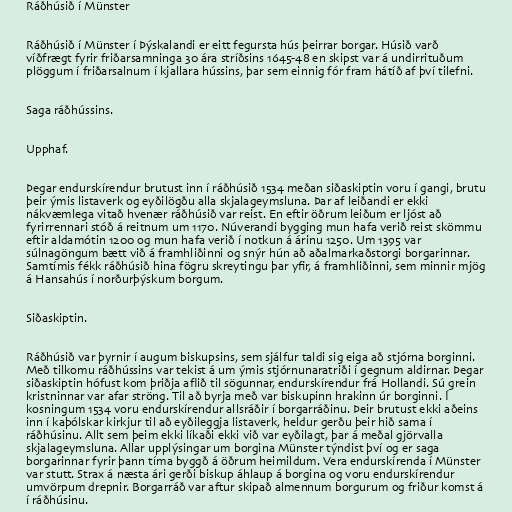
Ráðhúsið í Münster

Ráðhúsið í Münster í Þýskalandi er eitt fegursta hús þeirrar borgar. Húsið varð
víðfrægt fyrir friðarsamninga 30 ára stríðsins 1645-48 en skipst var á undirrituðum
plöggum í friðarsalnum í kjallara hússins, þar sem einnig fór fram hátíð af því tilefni.

Saga ráðhússins.

Upphaf.

Þegar endurskírendur brutust inn í ráðhúsið 1534 meðan siðaskiptin voru í gangi, brutu
þeir ýmis listaverk og eyðilögðu alla skjalageymsluna. Þar af leiðandi er ekki
nákvæmlega vitað hvenær ráðhúsið var reist. En eftir öðrum leiðum er ljóst að
fyrirrennari stóð á reitnum um 1170. Núverandi bygging mun hafa verið reist skömmu
eftir aldamótin 1200 og mun hafa verið í notkun á árinu 1250. Um 1395 var
súlnagöngum bætt við á framhliðinni og snýr hún að aðalmarkaðstorgi borgarinnar.
Samtímis fékk ráðhúsið hina fögru skreytingu þar yfir, á framhliðinni, sem minnir mjög
á Hansahús í norðurþýskum borgum.

Siðaskiptin.

Ráðhúsið var þyrnir í augum biskupsins, sem sjálfur taldi sig eiga að stjórna borginni.
Með tilkomu ráðhússins var tekist á um ýmis stjórnunaratriði í gegnum aldirnar. Þegar
siðaskiptin hófust kom þriðja aflið til sögunnar, endurskírendur frá Hollandi. Sú grein
kristninnar var afar ströng. Til að byrja með var biskupinn hrakinn úr borginni. Í
kosningum 1534 voru endurskírendur allsráðir í borgarráðinu. Þeir brutust ekki aðeins
inn í kaþólskar kirkjur til að eyðileggja listaverk, heldur gerðu þeir hið sama í
ráðhúsinu. Allt sem þeim ekki líkaði ekki við var eyðilagt, þar á meðal gjörvalla
skjalageymsluna. Allar upplýsingar um borgina Münster týndist því og er saga
borgarinnar fyrir þann tíma byggð á öðrum heimildum. Vera endurskírenda í Münster
var stutt. Strax á næsta ári gerði biskup áhlaup á borgina og voru endurskírendur
umvörpum drepnir. Borgarráð var aftur skipað almennum borgurum og friður komst á
í ráðhúsinu.